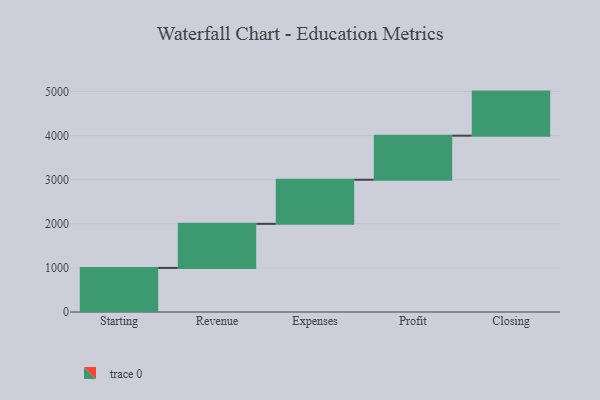
{"axis": {"x": "Step", "y": "Value"}, "legend": [""], "data": [{"x": "Starting", "y": 1000, "type": ""}, {"x": "Revenue", "y": 1000, "type": ""}, {"x": "Expenses", "y": 1000, "type": ""}, {"x": "Profit", "y": 1000, "type": ""}, {"x": "Closing", "y": 1000, "type": ""}]}